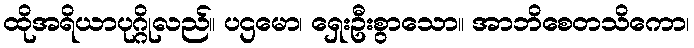
ထိုအရိယာပုဂ္ဂိုလည်။ ပဌမော၊ ရှေးဦးစွာသော။ အာဘိစေတသိကော၊